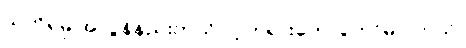
သတိရမှု အလွန်နည်းတယ်လို့ ဘုရားဟောတော်မူပါတယ်၊